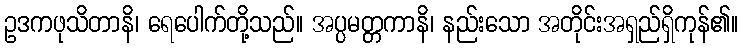
ဥဒကဖုသိတာနိ၊ ရေပေါက်တို့သည်။ အပ္ပမတ္တကာနိ၊ နည်းသော အတိုင်းအရှည်ရှိကုန်၏။